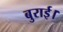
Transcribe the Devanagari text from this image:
बुराई।